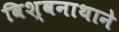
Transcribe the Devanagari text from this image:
विश्वनाथाने